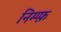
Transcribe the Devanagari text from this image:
निम्प्फ़